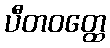
ပီတဝတ္ထေ